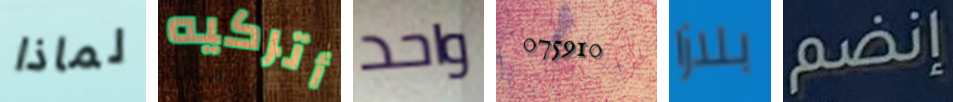
لماذا أتركيه واحد 075910 بلازا إنضم